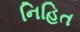
નિહિત